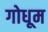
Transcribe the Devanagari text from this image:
गोधूम